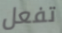
تفعل